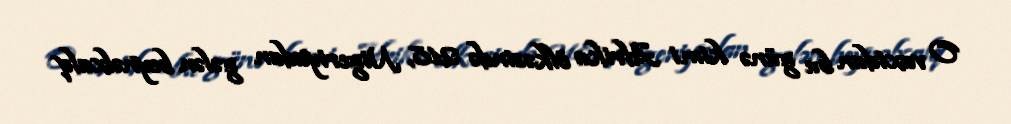
O vaxtdan bu günə kimi Afrika ölkəsində 218, Nigeriyadan gələn beynəlxalq